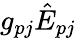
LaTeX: g_{pj}\hat{E}_{pj}